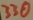
Text: 330